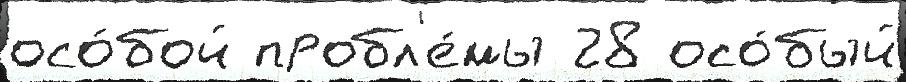
осо́бой пробл'е́мы 28 осо́бый